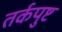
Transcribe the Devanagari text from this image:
तर्कपुष्ट